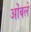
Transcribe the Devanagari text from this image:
ओंबले